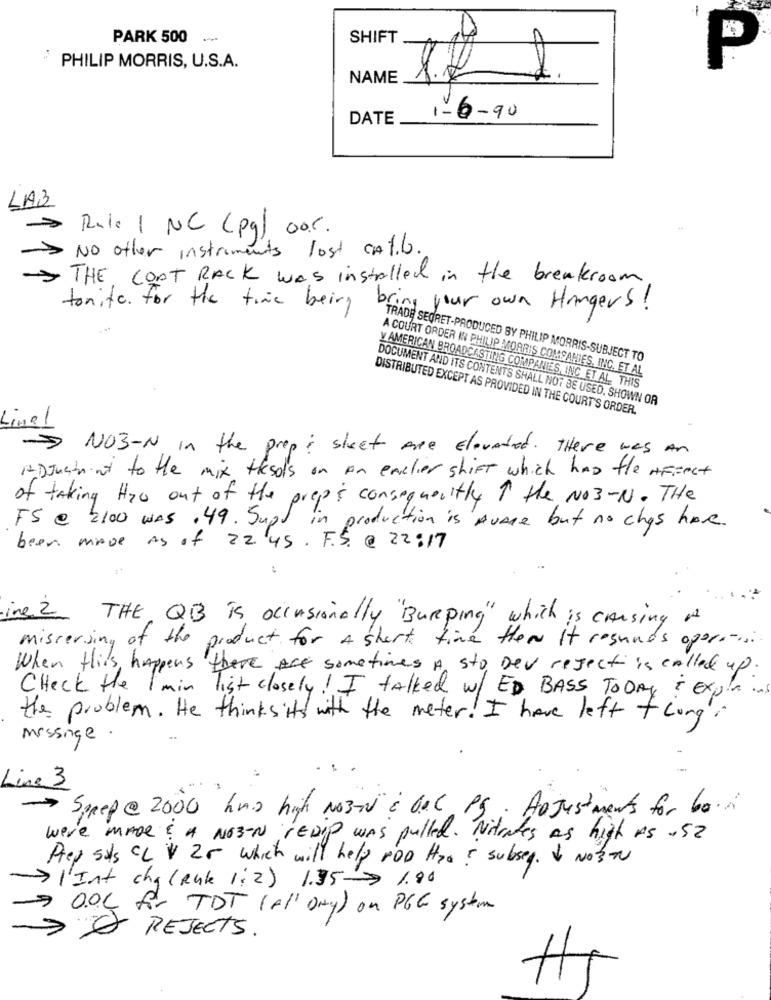
-
PARK 500
SHIFT
PHILIP MORRIS, U.S.A.
P
NAME
DATE
1-6-90
LA3
Rule 1 NC (pg) cor.
No other instruments lost CAT.b.
THE COAT RACK was installed in the breakroom
tonite for the time being
bring your own Hangers !
TRADE SECRET-PRODUCED BY PHILIP MORRIS-SUBJECT TO
A COURT ORDER IN PHILIP MORRIS COMPANIES, INC. ET AL
V AMERICAN BROADCASTING COMPANIES, INC ET AL. THIS
DOCUMENT AND ITS CONTENTS SHALL NOT BE USED. SHOWN OR
DISTRIBUTED EXCEPT AS PROVIDED IN THE COURT'S ORDER.
Linel
NO3-N in the prop; sheet Are Elevated. There was An
Adjustment to the mix thesols on An earlier shift which has fle Affect
of taking Hoo out of the preps consequently T the NO3-N. THe
FS @ 2100 WAS .49. Supt in production is AvAge but no chas have.
been move As of 22.45. F.S. @ 22:17
ine 2
THE QB is occasionally"Burping" which is causing At
missersing of the product for A short time then It resunds opera -....
When this happens there Are sometimes A sto, Dev reJect is called up.
Check the 1 min list closely! I talked w/ ED BASS TODAY ! Explains
the problem. He thinks it's with the meter! I have left +long's
Missinge
Line 3
-> Spep @ 2000 has high No3-V & Oac PS. Adjustments for bain
Were MADE? A NO3-N rEDIP was pulled. Nitrates as high As .52
Prep sals CL V 20 which will help rop Hoo! subseg. & Nost
l'Int cha (Rak 1:2) 1.95 1.90
9 0ºC for TDT (All Day) on PGG system
7
REJECTS.